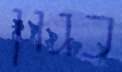
כגון